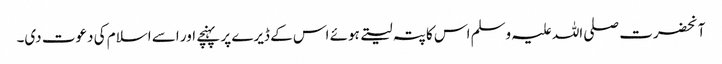
آنحضرت صلی اللہ علیہ وسلم اس کا پتہ لیتے ہوئے اس کے ڈیرے پر پہنچے اور اسے اسلام کی دعوت دی۔